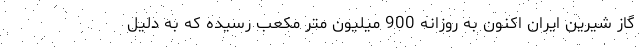
گاز شیرین ایران اکنون به روزانه 900 میلیون متر مکعب رسیده که به دلیل